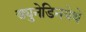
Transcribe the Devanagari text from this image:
ड्युनेडिनयेथे